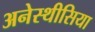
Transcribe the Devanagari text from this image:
अनेस्थीसिया